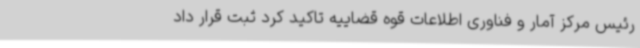
رئیس مرکز آمار و فناوری اطلاعات قوه قضاییه تاکید کرد ثبت قرار داد